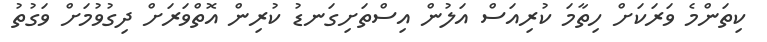
ކިތަންމެ ވަރަކަށް ހިތާމަ ކުރިއަސް އަލުން އިސްތަށިގަނޑު ކުރިން އޮތްވަރަށް ދިގުވުމަށް ވަގުތު